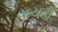
પચડી